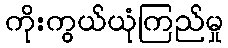
ကိုးကွယ်ယုံကြည်မှု